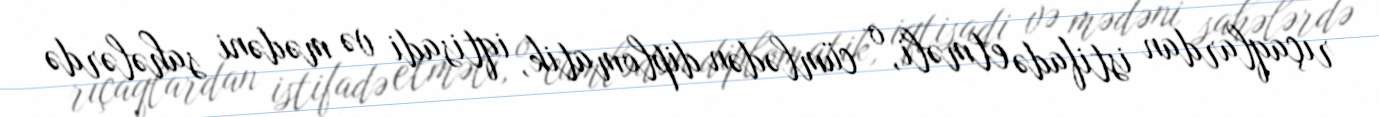
rıçaqlardan istifadə etməli, o cümlədən diplomatik, iqtisadi və mədəni sahələrdə